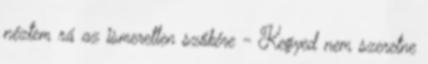
néztem rá az ismeretlen szőkére - Kegyed nem szeretne